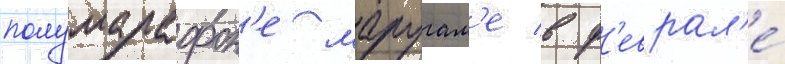
полумарафон'е маругам'е в ф'еврал'е́